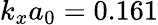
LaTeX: k_{x}a_{0}=0.161